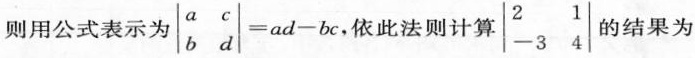
则用公式表示为$$\left | \begin { array } { l l } a & c \\ b & d \end { array } \right | = a d - b c$$，依此法则计算\left|\begin{array}{ll}2 & 1 \\-3 & 4\end{array}\right|的结果为